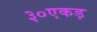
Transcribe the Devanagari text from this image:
३०एकड़